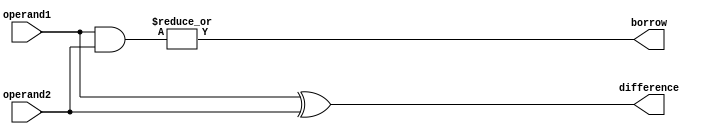
module Subtractor (
    input wire [7:0] operand1,
    input wire [7:0] operand2,
    output wire [7:0] difference,
    output wire borrow
);

wire [7:0] temp_diff;
wire [7:0] temp_borrow;

assign temp_diff = operand1 ^ operand2; // XOR gates for bitwise subtraction
assign temp_borrow = operand1 & operand2; // AND gates for borrow propagation

assign difference = temp_diff;
assign borrow = |temp_borrow; // OR gates for selecting final output based on borrow signals

endmodule